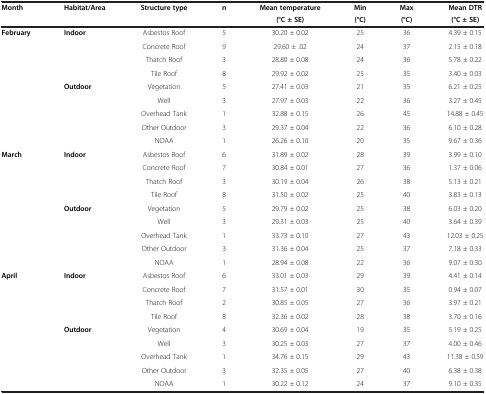
<table><thead><tr><td><b>Month</b></td><td><b>Habitat/Area</b></td><td><b>Structure type</b></td><td><b>n</b></td><td><b>Mean temperature</b></td><td><b>Min</b></td><td><b>Max</b></td><td><b>Mean DTR</b></td></tr><tr><td><b> </b></td><td><b> </b></td><td><b> </b></td><td><b> </b></td><td><b>(°C ± SE)</b></td><td><b>(°C)</b></td><td><b>(°C)</b></td><td><b>(°C ± SE)</b></td></tr></thead><tbody><tr><td><b>February</b></td><td><b>Indoor</b></td><td>Asbestos Roof</td><td>5</td><td>30.20 ± 0.02</td><td>25</td><td>36</td><td>4.39 ± 0.15</td></tr><tr><td> </td><td> </td><td>Concrete Roof</td><td>9</td><td>29.60 ± .02</td><td>24</td><td>37</td><td>2.15 ± 0.18</td></tr><tr><td> </td><td> </td><td>Thatch Roof</td><td>3</td><td>28.80 ± 0.08</td><td>24</td><td>36</td><td>5.78 ± 0.22</td></tr><tr><td> </td><td> </td><td>Tile Roof</td><td>8</td><td>29.92 ± 0.02</td><td>25</td><td>35</td><td>3.40 ± 0.03</td></tr><tr><td> </td><td><b>Outdoor</b></td><td>Vegetation</td><td>5</td><td>27.41 ± 0.03</td><td>21</td><td>35</td><td>6.21 ± 0.25</td></tr><tr><td> </td><td> </td><td>Well</td><td>3</td><td>27.97 ± 0.03</td><td>22</td><td>36</td><td>3.27 ± 0.45</td></tr><tr><td> </td><td> </td><td>Overhead Tank</td><td>1</td><td>32.88 ± 0.15</td><td>26</td><td>45</td><td>14.88 ± 0.45</td></tr><tr><td> </td><td> </td><td>Other Outdoor</td><td>3</td><td>29.37 ± 0.04</td><td>22</td><td>36</td><td>6.10 ± 0.28</td></tr><tr><td> </td><td> </td><td>NOAA</td><td>1</td><td>26.26 ± 0.10</td><td>20</td><td>35</td><td>9.67 ± 0.36</td></tr><tr><td><b>March</b></td><td><b>Indoor</b></td><td>Asbestos Roof</td><td>6</td><td>31.89 ± 0.02</td><td>28</td><td>39</td><td>3.99 ± 0.10</td></tr><tr><td> </td><td> </td><td>Concrete Roof</td><td>7</td><td>30.84 ± 0.01</td><td>27</td><td>36</td><td>1.37 ± 0.06</td></tr><tr><td> </td><td> </td><td>Thatch Roof</td><td>3</td><td>30.19 ± 0.04</td><td>26</td><td>38</td><td>5.13 ± 0.21</td></tr><tr><td> </td><td> </td><td>Tile Roof</td><td>8</td><td>31.50 ± 0.02</td><td>25</td><td>40</td><td>3.83 ± 0.13</td></tr><tr><td> </td><td><b>Outdoor</b></td><td>Vegetation</td><td>5</td><td>29.79 ± 0.02</td><td>25</td><td>38</td><td>6.03 ± 0.20</td></tr><tr><td> </td><td> </td><td>Well</td><td>3</td><td>29.31 ± 0.03</td><td>25</td><td>40</td><td>3.64 ± 0.39</td></tr><tr><td> </td><td> </td><td>Overhead Tank</td><td>1</td><td>33.73 ± 0.10</td><td>27</td><td>43</td><td>12.03 ± 0.25</td></tr><tr><td> </td><td> </td><td>Other Outdoor</td><td>3</td><td>31.36 ± 0.04</td><td>25</td><td>37</td><td>7.18 ± 0.33</td></tr><tr><td> </td><td> </td><td>NOAA</td><td>1</td><td>28.94 ± 0.08</td><td>22</td><td>36</td><td>9.07 ± 0.30</td></tr><tr><td><b>April</b></td><td><b>Indoor</b></td><td>Asbestos Roof</td><td>6</td><td>33.01 ± 0.03</td><td>29</td><td>39</td><td>4.41 ± 0.14</td></tr><tr><td> </td><td> </td><td>Concrete Roof</td><td>7</td><td>31.57 ± 0.01</td><td>30</td><td>35</td><td>0.94 ± 0.07</td></tr><tr><td> </td><td> </td><td>Thatch Roof</td><td>2</td><td>30.85 ± 0.05</td><td>27</td><td>36</td><td>3.97 ± 0.21</td></tr><tr><td> </td><td> </td><td>Tile Roof</td><td>8</td><td>32.36 ± 0.02</td><td>28</td><td>38</td><td>3.70 ± 0.16</td></tr><tr><td> </td><td><b>Outdoor</b></td><td>Vegetation</td><td>4</td><td>30.69 ± 0.04</td><td>19</td><td>35</td><td>5.19 ± 0.25</td></tr><tr><td> </td><td> </td><td>Well</td><td>3</td><td>30.25 ± 0.03</td><td>27</td><td>37</td><td>4.00 ± 0.46</td></tr><tr><td> </td><td> </td><td>Overhead Tank</td><td>1</td><td>34.76 ± 0.15</td><td>29</td><td>43</td><td>11.38 ± 0.59</td></tr><tr><td> </td><td> </td><td>Other Outdoor</td><td>3</td><td>32.35 ± 0.05</td><td>27</td><td>40</td><td>6.38 ± 0.38</td></tr><tr><td> </td><td> </td><td>NOAA</td><td>1</td><td>30.22 ± 0.12</td><td>24</td><td>37</td><td>9.10 ± 0.35</td></tr></tbody></table>